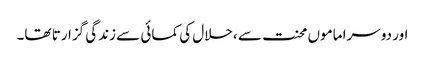
اور دوسرا ماموں محنت سے ،حلال کی کمائی سے زندگی گزارتا تھا۔